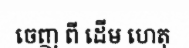
ចេញ ពី ដើម ហេតុ